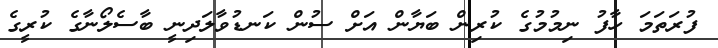
ފުރަތަމަ ހާފު ނިމުމުގެ ކުރިން ބަޔާން އަށް ސުން ކަނޑުވާލަދިނީ ބާސެލޯނާގެ ކުރީގެ